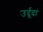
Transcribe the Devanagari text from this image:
उर्दूदां